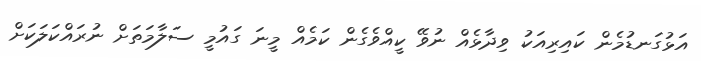
އަޅުގަނޑުމެން ކައިރިއަކު ވިދާޅެއް ނުވޭ ކީއްވެގެން ކަމެއް މީނަ ގައުމީ ސަލާމަތަށް ނުރައްކަލަކަށް